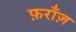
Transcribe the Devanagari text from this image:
फ़राँज़